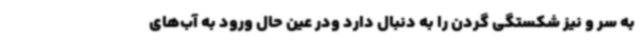
به سر و نیز شکستگی گردن را به دنبال دارد ودر عین حال ورود به آب‌های